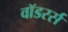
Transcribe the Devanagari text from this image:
वॉडरर्स